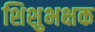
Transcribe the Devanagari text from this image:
शिशुभक्षक